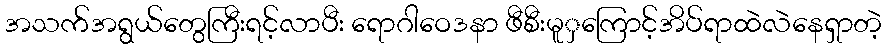
အသက်အရွယ်တွေကြီးရင့်လာပီး ရောဂါဝေဒနာ ဖီစီးမူှကြောင့်အိပ်ရာထဲလဲနေရှာတဲ့